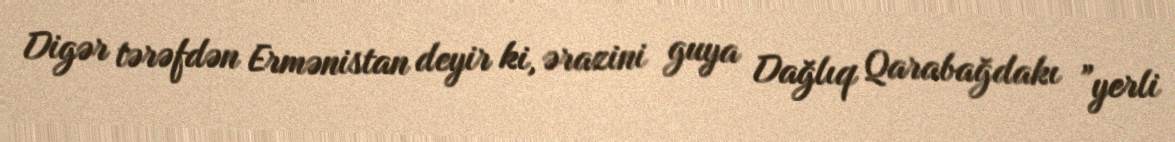
Digər tərəfdən Ermənistan deyir ki, ərazini guya Dağlıq Qarabağdakı ”yerli